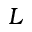
L